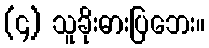
(၄) သူခိုးဓားပြဘေး။